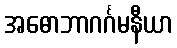
အဓောဘာဂင်္ဂမနီယာ